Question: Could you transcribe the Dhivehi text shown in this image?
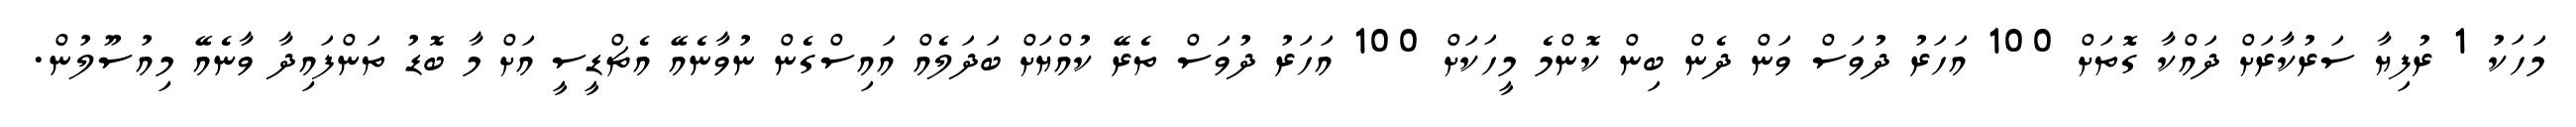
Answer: މަހަކު 1 ރުފިޔާ ސަރުކާރަށް ދައްކާ ގޮތަށް 100 އަހަރު ދުވަސް ވަން ދެން ބިން ކޮންމެ މީހަކަށް 100 އަހަރު ދުވަސް ތެރޭ ކުއްޔަށް ބަދަލެއް އައިސްގެން ނުވާނެއޭ އެޗްޑީސީ އަށް މާ ބޮޑު ތަންފައިދާ ވާނެއޭ މިއުސޫލުން.